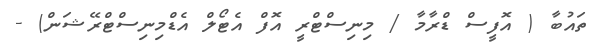
ތައުބާ ( އޮފީސް ޑްރާމާ / މިނިސްޓްރީ އޮފް އެޓޯލް އެޑްމިނިސްޓްރޭޝަން) -